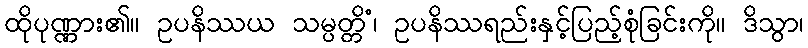
ထိုပုဏ္ဏား၏။ ဥပနိဿယ သမ္ပတ္တိံ၊ ဥပနိဿရည်းနှင့်ပြည့်စုံခြင်းကို။ ဒိသွာ၊